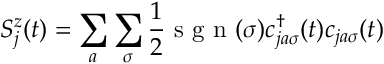
S _ { j } ^ { z } ( t ) = \sum _ { a } \sum _ { \sigma } \frac { 1 } { 2 } \textrm { s g n } ( \sigma ) c _ { j a \sigma } ^ { \dagger } ( t ) c _ { j a \sigma } ( t )